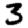
Digit: 3